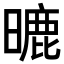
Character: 𣊈